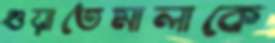
গুয়াতেমালাকে